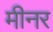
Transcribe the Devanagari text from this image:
मीनर